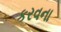
કરવના